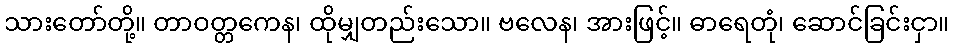
သားတော်တို့။ တာဝတ္တကေန၊ ထိုမျှတည်းသော။ ဗလေန၊ အားဖြင့်။ ဓာရေတုံ၊ ဆောင်ခြင်းငှာ။